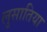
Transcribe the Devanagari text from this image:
लुसातिया